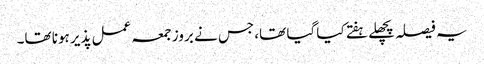
یہ فیصلہ پچھلے ہفتے کیا گیا تھا، جس نے بروز جمعہ عمل پذیر ہونا تھا۔